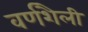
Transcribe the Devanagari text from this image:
वर्णशैली